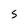
Character: S